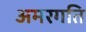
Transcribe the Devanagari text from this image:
अमरगति